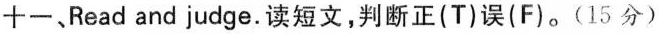
十一、Read and judge.读短文,判断正(T)误(F)。(15 分)